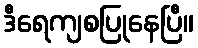
ဒီရေကျစပြုနေပြီ။